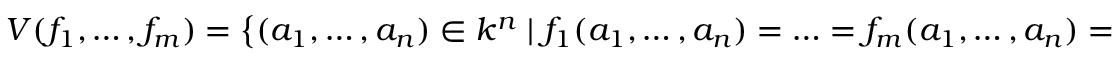
V ( f _ { 1 } , \ldots , f _ { m } ) = \left\{ ( a _ { 1 } , \ldots , a _ { n } ) \in k ^ { n } \; | \; f _ { 1 } ( a _ { 1 } , \ldots , a _ { n } ) = \ldots = f _ { m } ( a _ { 1 } , \ldots , a _ { n } ) = 0 \right\} .